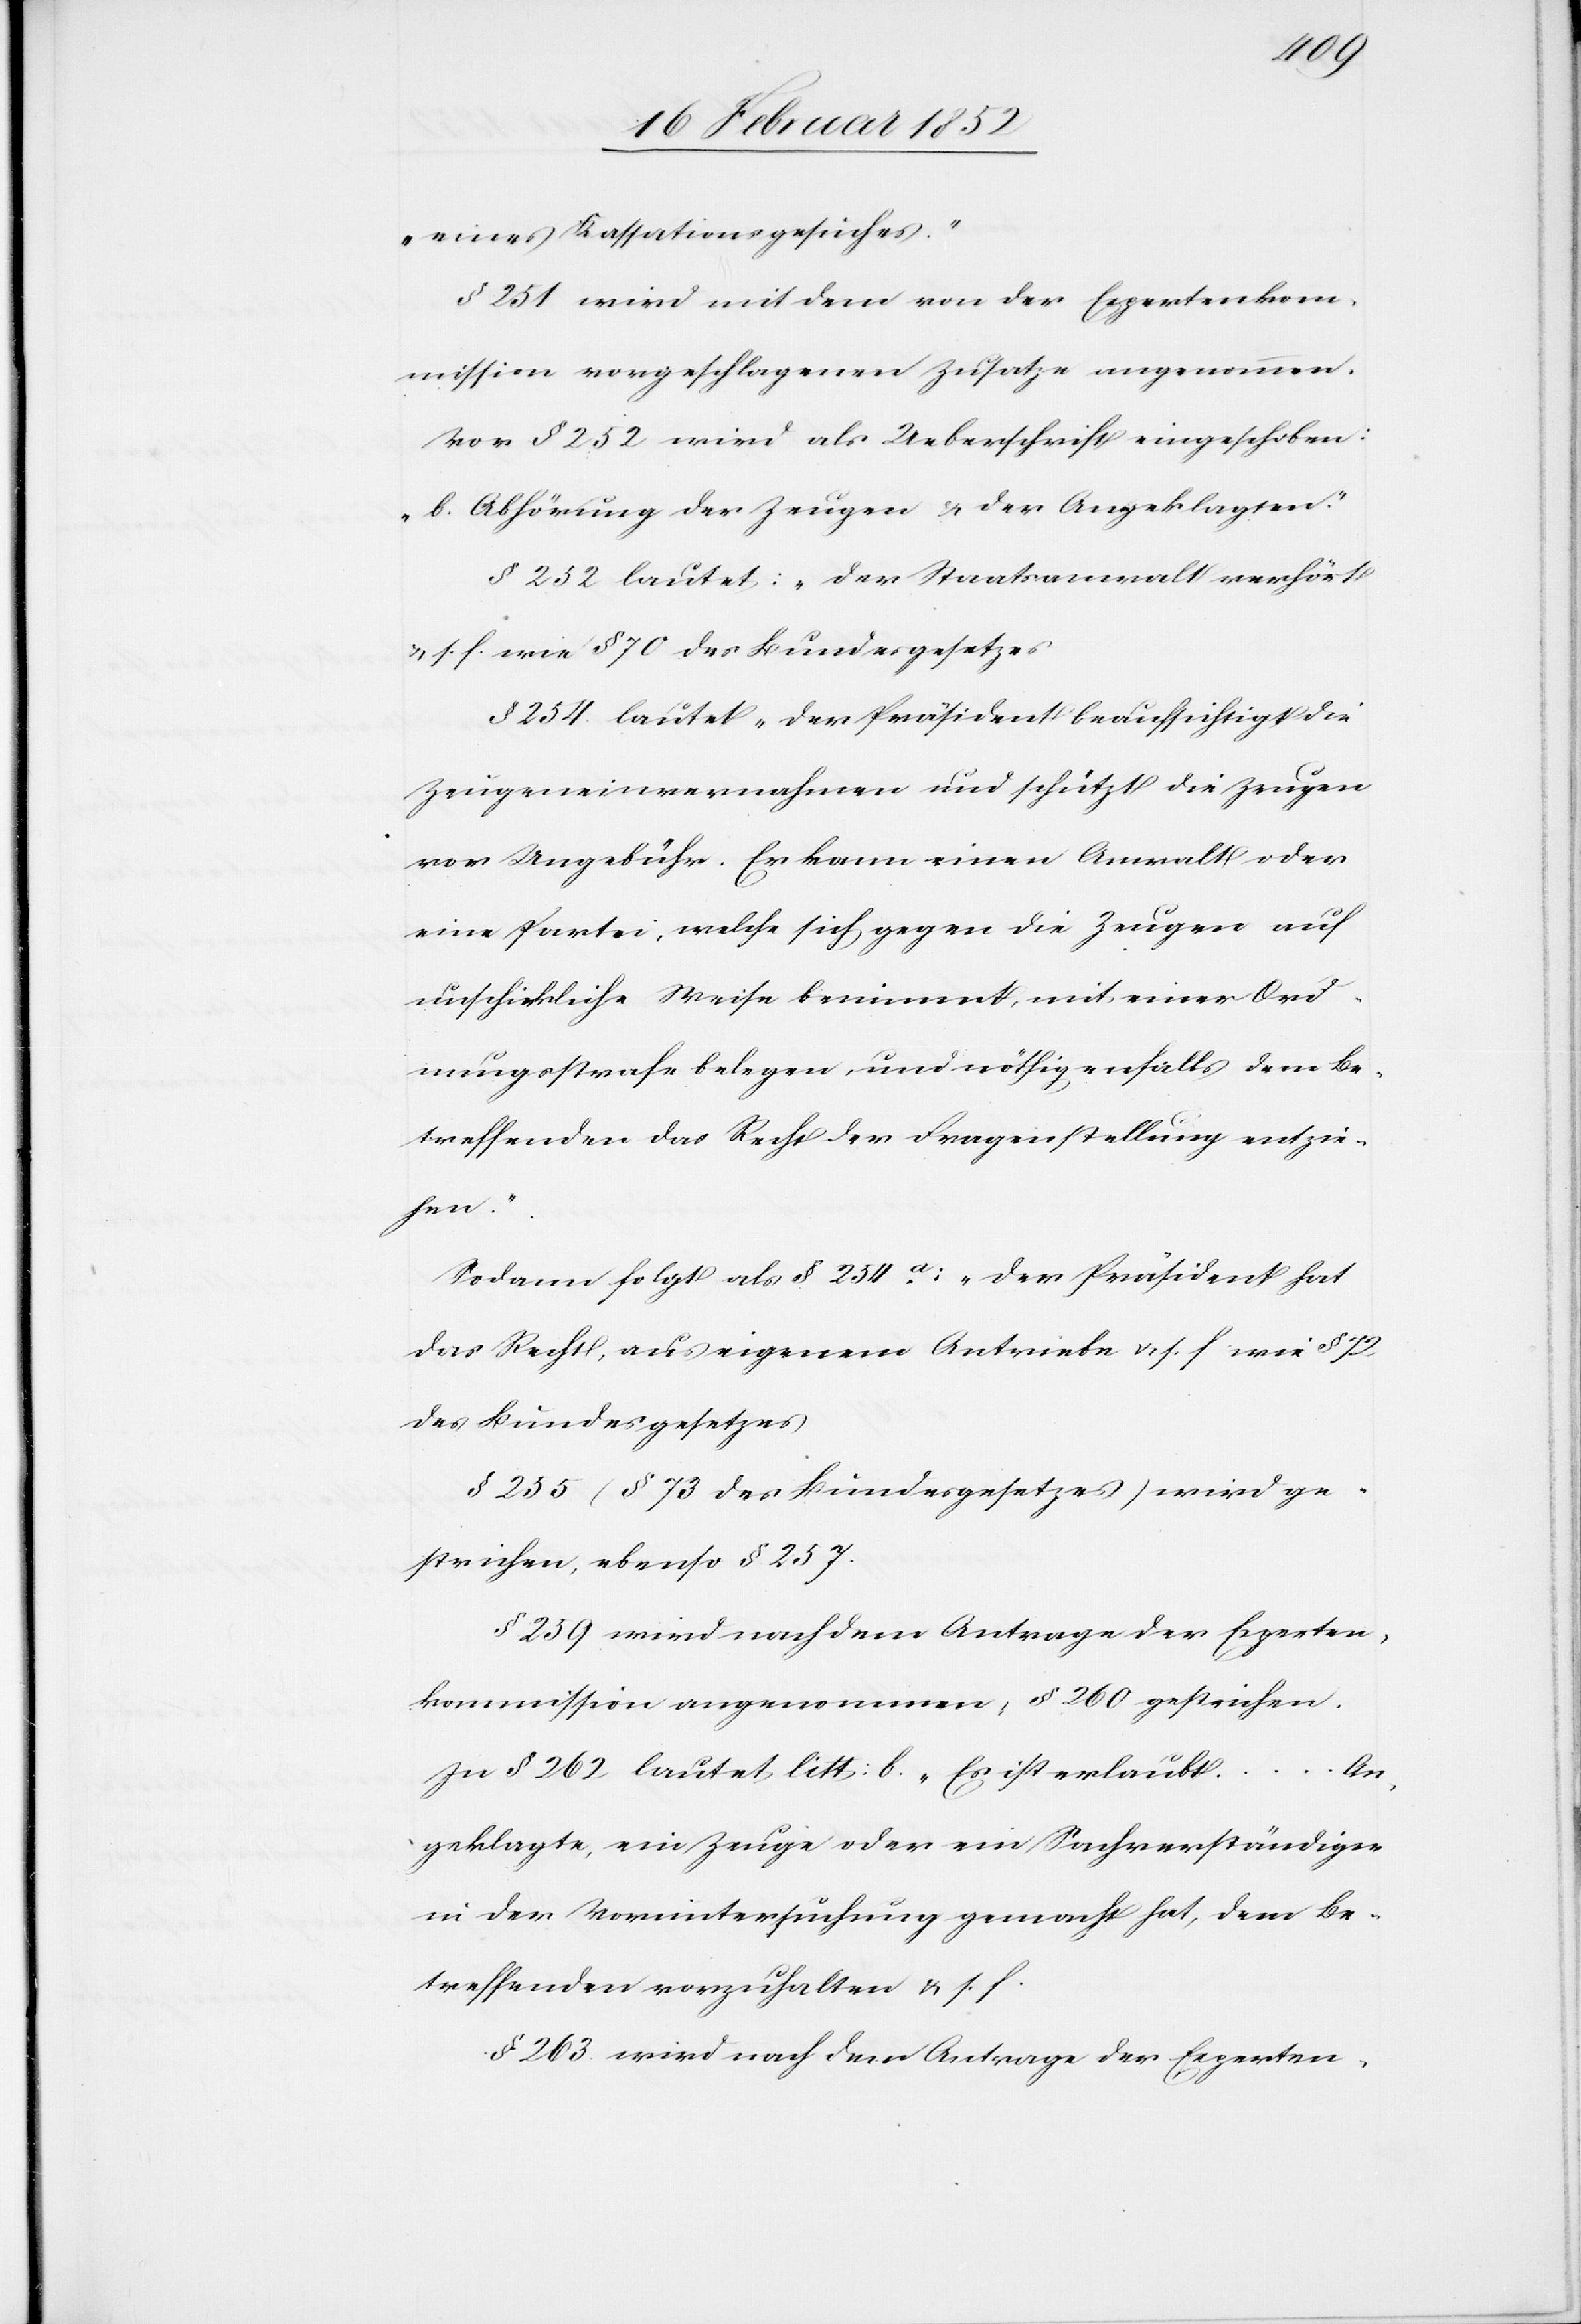
„eines Kassationsgerichtes.“
§ 251 wird mit dem von der Expertenkom¬
mission vorgeschlagenen Zusatze angenommen.
Vor § 252 wird als Ueberschrift eingeschoben:
„b. Abhörung der Zeugen u. der Angeklagten.“
§ 252 lautet: „Der Staatsanwalt verhört[“]
u. s. f. wie § 70 des Bundesgesetzes.
§ 254 lautet „Der Präsident beaufsichtigt die
Zeugeneinvernahme und schützt die Zeugen
vor Ungebühr. Er kann einen Anwalt oder
eine Partei, welche sich gegen die Zeugen auf
unschickliche Weise benimmt, mit einer Ord¬
nungsstrafe belegen und nöthigenfalls dem Be¬
treffenden das Recht der Fragestellung entzie¬
hen.“
Sodann folgt als § 254a: „Der Präsident hat
das Recht, aus eigenem Antriebe[“] u. s. f. wie § 72
des Bundesgesetzes.
§ 255 (§ 73 des Bundesgesetzes) wird ge¬
strichen, ebenso § 257.
§ 259 wird nach dem Antrage der Experten¬
kommission angenommen, § 260 gestrichen.
An¬
In § 262 lautet litt: b. „Es ist erlaubt
geklagte, ein Zeuge oder ein Sachverständiger
in der Voruntersuchung gemacht hat, dem Be¬
treffenden vorzuhalten[“] u. s. f.
§ 263. wird nach dem Antrage der Experten-